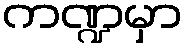
ကဏ္ဍမှာ